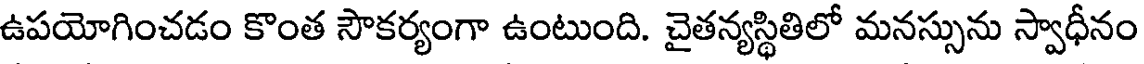
ఉపయోగించడం కొంత సౌకర్యంగా ఉంటుంది. చైతన్యస్థితిలో మనస్సును స్వాధీనం